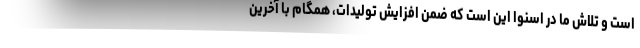
است و تلاش ما در اسنوا این است که ضمن افزایش تولیدات، همگام با آخرین